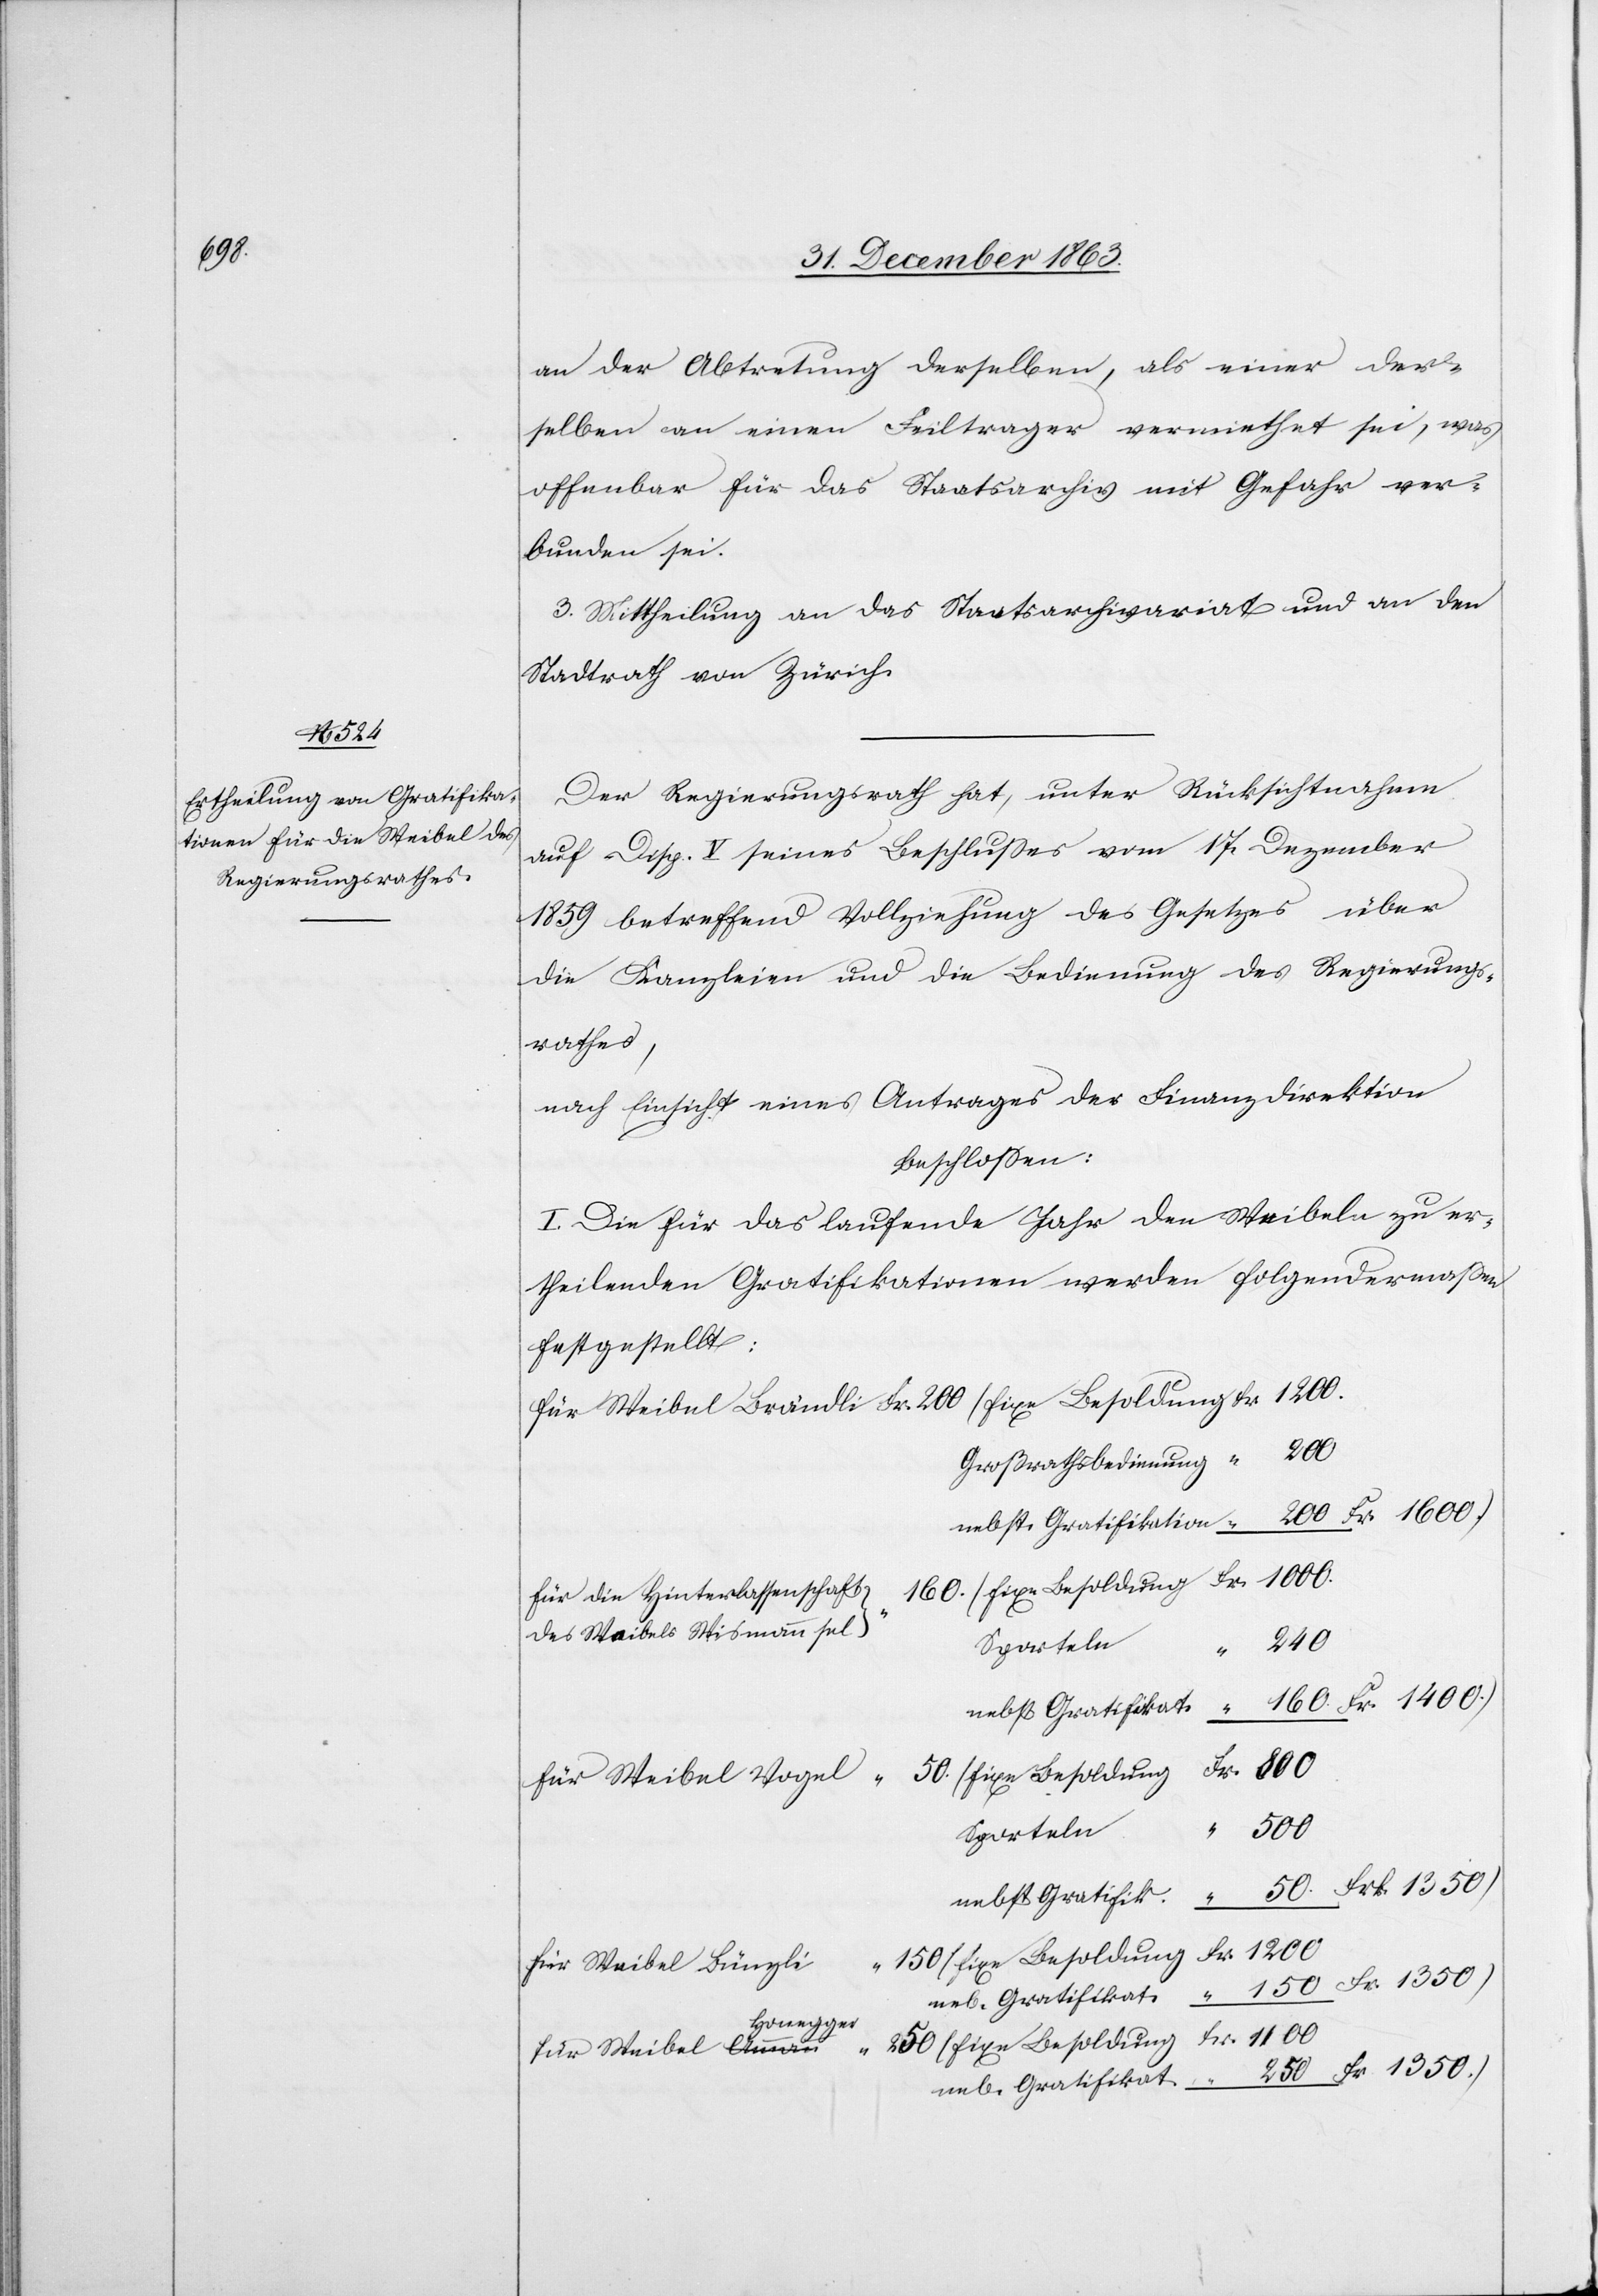
160.
150

an der Abtretung derselben, als einer der¬
selben an einen Feiltrager vermiethet sei, was
offenbar für das Staatsarchiv mit Gefahr ver¬
bunden sei.
3.) Mittheilung an das Staatsarchivariat und an den
Stadtrath von Zürich.
Der Regierungsrath hat, unter Rücksichtnahme
auf Disp. V seines Beschlusses vom 17. Dezember
1859 betreffend Vollziehung des Gesetzes über
die Kanzleien und die Bedienung des Regierungs¬
rathes,
nach Einsicht eines Antrages der Finanzdirektion
beschlossen:
I. Die für das laufende Jahr den Weibeln zu er¬
theilenden Gratifikationen werden folgendermassen
festgestellt:
Großrathsbedingung
nebst Gratifikation
für die Hinterlassenschaft
des Waibels Wismann sel
250
nebst Gratifikat.
Fr. 1600.)
für Weibel Vogel
Fr.
1100
Sporteln
nebst Gratifik.
250
Fr. 1350.)
(fixe Besoldung
für Weibel Bünzli
neb. Gratifikat.
Honegger-a
für Weibel a-Amman